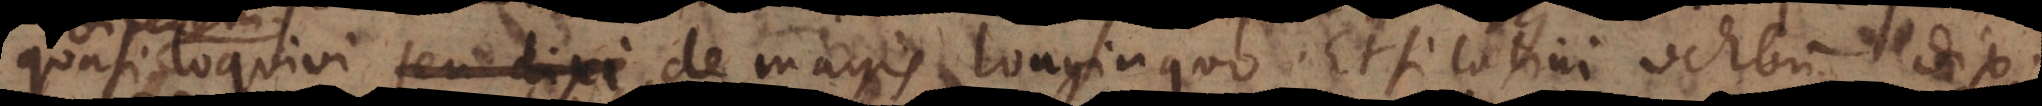
quasi dicerem loquivi de magis longinquo. Etsi Latini verbum dixi